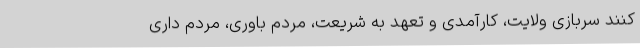
کنند سربازی ولایت، کارآمدی و تعهد به شریعت، مردم باوری، مردم داری